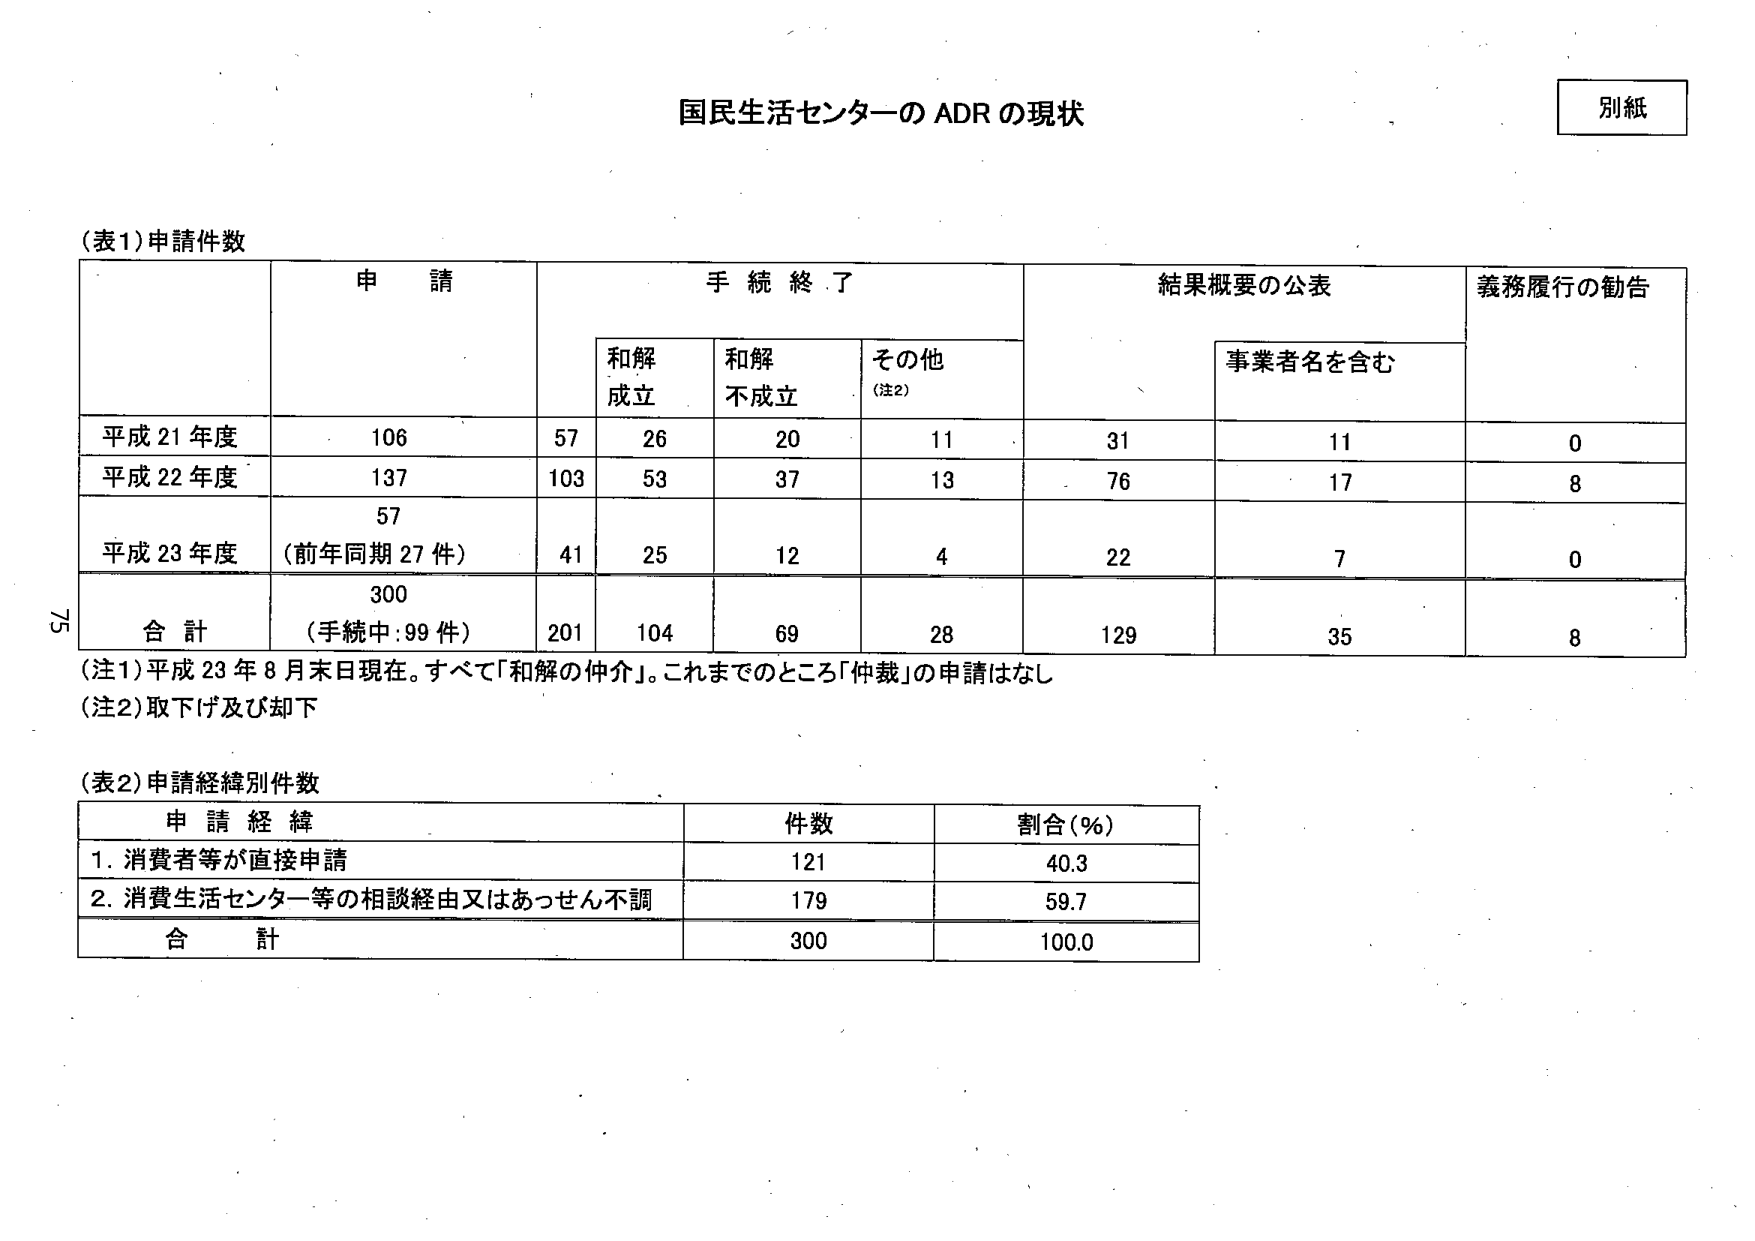
国民生活センターの ADR の現状

別紙

（表1）申請件数

　　　　　　　　　　申請　　　　　　　　手続終了　　　　　　　　結果概要の公表　　　　　　義務履行の勧告
　　　　　　　　　　　　　　　　　　和解　　　　　和解　　　　　その他　　　　　　　　事業者名を含む
　　　　　　　　　　　　　　　　　　成立　　　　　不成立　　　　（注2）

平成21年度　　　　　106　　　　　　57　　　　26　　　　20　　　　11　　　　　　31　　　　　　11　　　　　　0
平成22年度　　　　　137　　　　　　103　　　　53　　　　37　　　　13　　　　　　76　　　　　　17　　　　　　8
平成23年度　　　　　57　　　　　　41　　　　25　　　　12　　　　4　　　　　　　22　　　　　　7　　　　　　　0
　　　　　　　　　　（前年同期27件）
合計　　　　　　　　300　　　　　　201　　　　104　　　　69　　　　28　　　　　　129　　　　　35　　　　　　8
　　　　　　　　　　（手続中：99件）

（注1）平成23年8月末日現在。すべて「和解の仲介」。これまでのところ「仲裁」の申請はなし
（注2）取下げ及び却下

（表2）申請経緯別件数

　　　　　　　　　　申請経緯　　　　　　　　件数　　　　　　割合（％）
1. 消費者等が直接申請　　　　　　　　　　　　121　　　　　　40.3
2. 消費生活センター等の相談経由又はあっせん不調　　　179　　　　　　59.7
合計　　　　　　　　　　　　　　　　　　　　300　　　　　　100.0

75